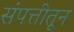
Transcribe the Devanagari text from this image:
संपत्तीतून